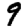
Digit: 9